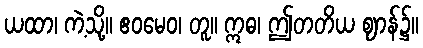
ယထာ၊ ကဲ့သို့။ ဧဝမေဝ၊ တူ။ ဣဓ၊ ဤတတိယ ဈာန်၌။